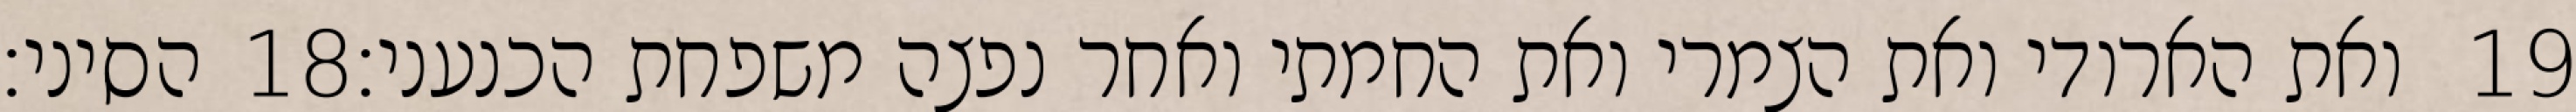
הסיני׃ ‎18‏ ואת הארודי ואת הצמרי ואת החמתי ואחר נפצה משפחת הכנעני׃ ‎19‏